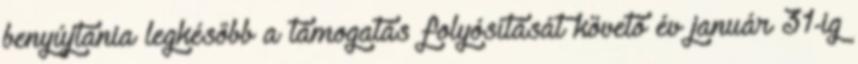
benyújtania legkésőbb a támogatás folyósítását követő év január 31-ig